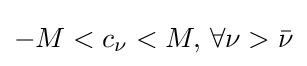
-M<c_{\nu }<M,\,\forall \nu >{\bar {\nu }}